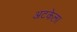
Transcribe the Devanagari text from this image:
अटकेला